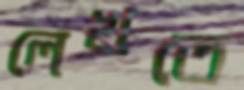
লেখতে